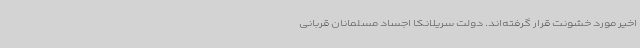
اخیر مورد خشونت قرار گرفته‌اند. دولت سریلانکا اجساد مسلمانان قربانی